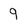
Character: 9